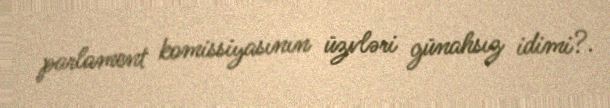
parlament komissiyasının üzvləri günahsız idimi?.